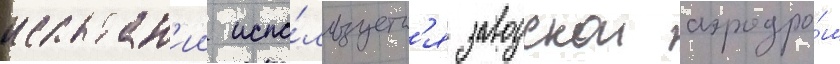
испытан'ии испо́льзуетс'я заводскои аэродро́м